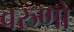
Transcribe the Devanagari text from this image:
वरुणो